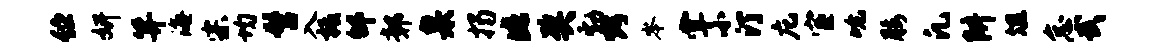
伫妍笄海宗均髫入柢邰鄣臬揭此奖勃烤岑掌小汀庀宦吮腰凡阱俎怠武